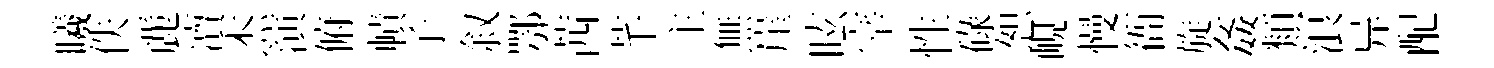
曦佚䴡凟杰演俯幘子叙鄂茜芊主無崖眩宰性碌恕峴慢衙旋姦類浪异配